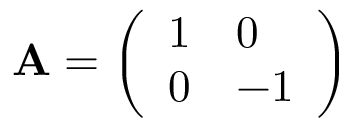
\mathbf { A } = { \left( \begin{array} { l l } { 1 } & { 0 } \\ { 0 } & { - 1 } \end{array} \right) }